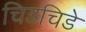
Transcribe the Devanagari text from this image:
चिडचिडे